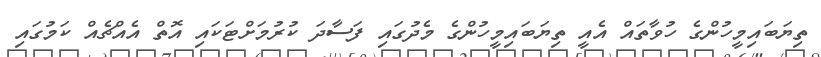
ތިޔަބައިމީހުންގެ ހުވާތައް އެއީ ތިޔަބައިމީހުންގެ މެދުގައި ފަސާދަ ކުރުމަށްޓަކައި އޮތް އެއްޗެއް ކަމުގައި